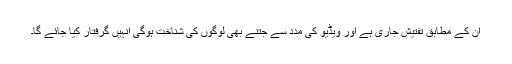
ان کے مطابق تفتیش جاری ہے اور ویڈیو کی مدد سے جتنے بھی لوگوں کی شناخت ہوگی انہیں گرفتار کیا جائے گا۔